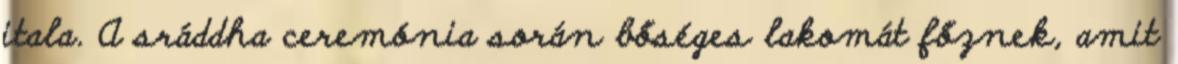
itala. A sráddha ceremónia során bőséges lakomát főznek, amit